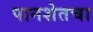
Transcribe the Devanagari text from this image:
पानशेतचा